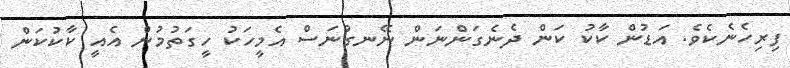
ފިރިހެނެކެވެ. އަޑުން ކާކު ކަން ދެނެގަންނަން ނޭނގުނަސް އެމީހަކު ހީގަތުމުން އެއީ ކާކުކަން